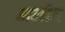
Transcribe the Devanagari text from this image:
अलीद